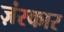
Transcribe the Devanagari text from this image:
ज़ंस्कार